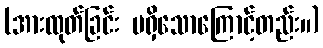
(အားထုတ်ခြင်း မရှိသောကြောင့်တည်း။)